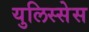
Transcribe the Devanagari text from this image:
युलिस्सेस